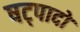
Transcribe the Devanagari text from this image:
षट्पादों